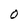
Character: O